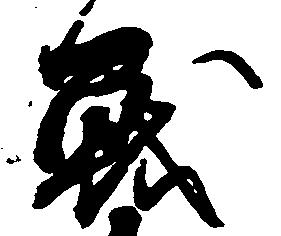
戦